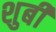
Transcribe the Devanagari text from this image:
शुबी